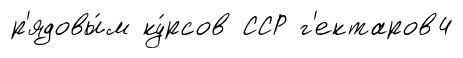
р'ядовы́м ку́рсов ССР г'ектаров4